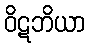
ဝိဋဘိယာ